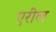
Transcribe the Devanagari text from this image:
एरील